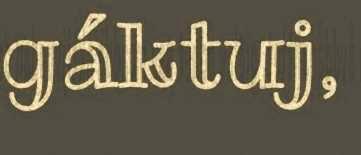
gáktuj,